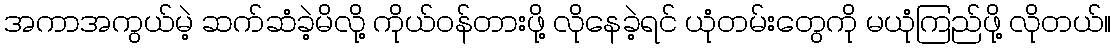
အကာအကွယ်မဲ့ ဆက်ဆံခဲ့မိလို့ ကိုယ်ဝန်တားဖို့ လိုနေခဲ့ရင် ယုံတမ်းတွေကို မယုံကြည်ဖို့ လိုတယ်။